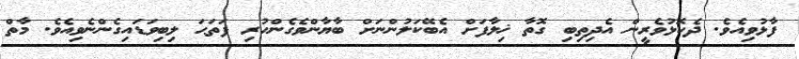
ފާޅުވިއެވެ. ދެކޮޅުވެރީން އެދިތިބި ގޮތާ ޚިލާފަށް އެބޭކަލުންނަށް ބާޔާންވެގެންހުރި ފަތަޙަ ލިބިވަޑައިގެންނެވިއެވެ. މާތް